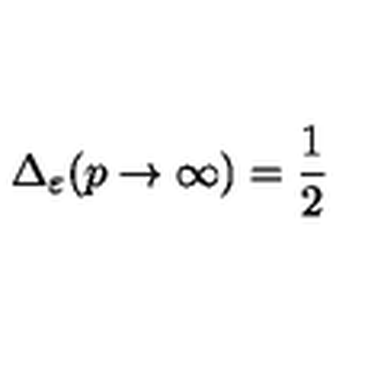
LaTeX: \Delta _ { \varepsilon } ( p \rightarrow \infty ) = \frac { 1 } { 2 }